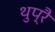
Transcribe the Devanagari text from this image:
थुप्रै